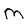
Character: M